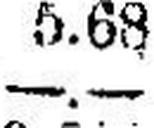
—.—